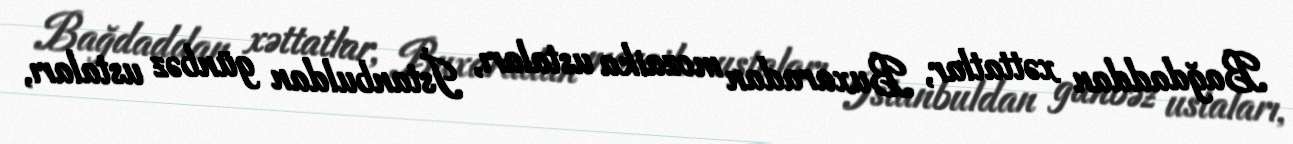
Bağdaddan xəttatlar, Buxaradan mozaika ustaları, İstanbuldan günbəz ustaları,